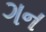
ગન